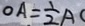
O A = \frac { 1 } { 2 } A